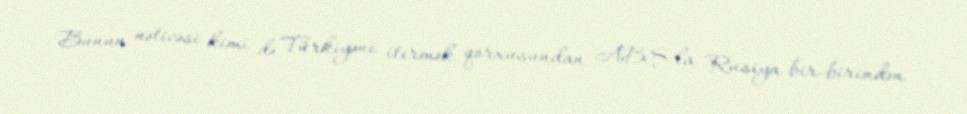
Bunun nəticəsi kimi də Türkiyəni itirmək qorxusundan ABŞ-la Rusiya bir-birindən